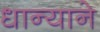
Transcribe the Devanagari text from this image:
धान्याने